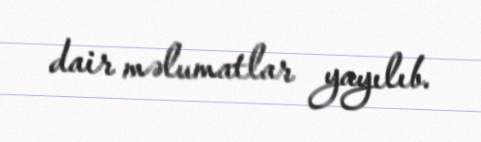
dair məlumatlar yayılıb.